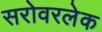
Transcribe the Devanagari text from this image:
सरोवरलेक